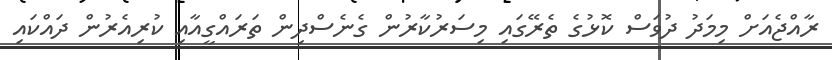
ރާއްޖެއަށް މިމަދު ދުވަސް ކޮޅުގެ ތެރޭގައި މިސަރުކާރުން ގެނެސްދިން ތަރައްގީއާއި ކުރިއެރުން ދައްކައި